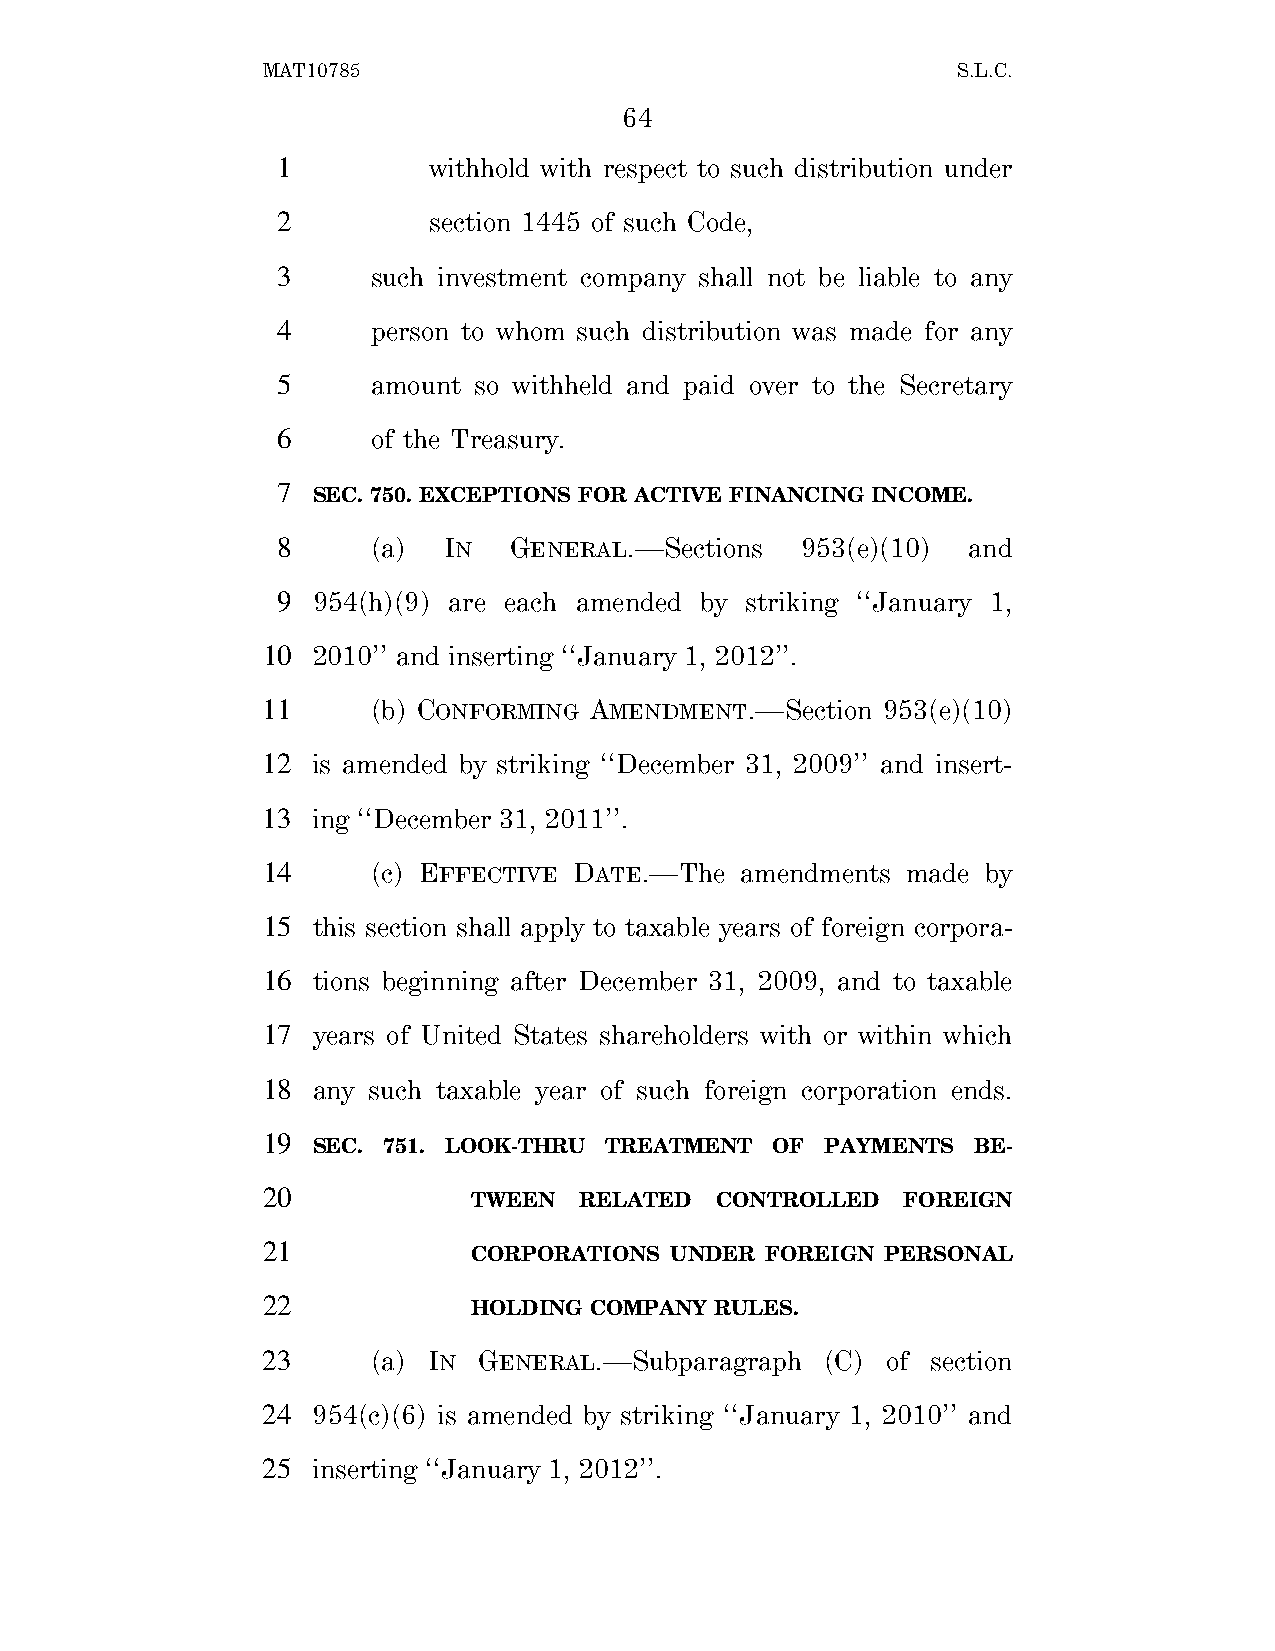
MAT10785                                      S.L.C.
 64
 1         withhold with respect to such distribution under
 2         section 1445 of such Code,
 3      such investment company shall not be liable to any
 4      person to whom such distribution was made for any
 5      amount so withheld and paid over to the Secretary
 6      of the Treasury.
 7
 SEC. 750. EXCEPTIONS FOR ACTIVE FINANCING INCOME.
 8      (a) IN   GENERAL.—Sections  953(e)(10) and
 9  954(h)(9) are each amended by striking ‘‘January 1,
 10  2010’’ and inserting ‘‘January 1, 2012’’.
 11      (b) CONFORMING AMENDMENT.—Section 953(e)(10)
 12  is amended by striking ‘‘December 31, 2009’’ and insert-
 13  ing ‘‘December 31, 2011’’.
 14      (c) EFFECTIVE DATE.—The amendments made by
 15  this section shall apply to taxable years of foreign corpora-
 16  tions beginning after December 31, 2009, and to taxable
 17  years of United States shareholders with or within which
 18  any such taxable year of such foreign corporation ends.
 19
 SEC. 751. LOOK-THRU TREATMENT OF  PAYMENTS BE-
 20
 TWEEN  RELATED  CONTROLLED   FOREIGN
 21
 CORPORATIONS UNDER  FOREIGN PERSONAL
 22
 HOLDING COMPANY RULES.
 23      (a) IN GENERAL.—Subparagraph  (C) of section
 24  954(c)(6) is amended by striking ‘‘January 1, 2010’’ and
 25  inserting ‘‘January 1, 2012’’.